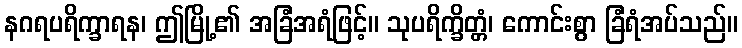
နဂရပရိက္ခာရန၊ ဤမြို့၏ အခြံအရံဖြင့်။ သုပရိက္ခိတ္တံ၊ ကောင်းစွာ ခြံရံအပ်သည်။